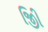
જીિી